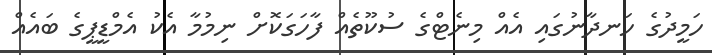
ހަމީދުގެ ހަނދާނުގައި އެއް މިނެޓްގެ ސުކޫތެއް ފާހަގަކޮށް ނިމުމާ އެކު އެމްޑީޕީގެ ބައެއް